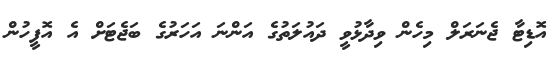
އޮޑިޓާ ޖެނަރަލް މިހެން ވިދާޅުވީ ދައުލަތުގެ އަންނަ އަހަރުގެ ބަޖެޓަށް އެ އޮފީހުން